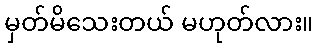
မှတ်မိသေးတယ် မဟုတ်လား။